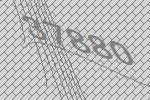
37880